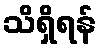
သိရှိရန်